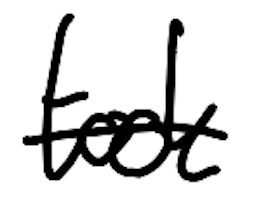
Text: took
Cross-out: single-line
Writing tool: digital_black